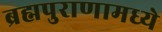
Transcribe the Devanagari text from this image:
ब्रह्मपुराणामध्ये